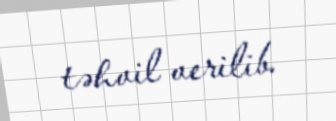
təhvil verilib.